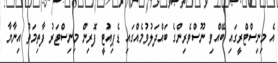
އެ މިނިސްޓްރީގައި ބޭއްވި ނޫސްވެރިންގެ ބައްދަލުވުމެއްގައި ޑެޕިއުޓީ ފޮރިން މިނިސްޓަރު ފާތިމަތު އިނާޔާ